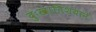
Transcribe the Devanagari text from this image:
दुःखातिशयाने